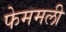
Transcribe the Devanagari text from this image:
फेममली